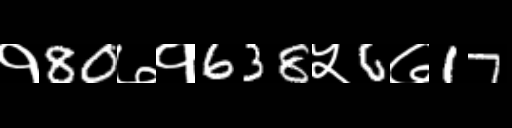
Text: १80७१638५6७17